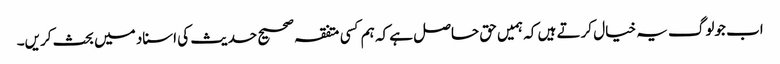
اب جولوگ یہ خیال کرتے ہیں کہ ہمیں حق حاصل ہے کہ ہم کسی متفقہ صحیح حدیث کی اسناد میں بحث کریں۔